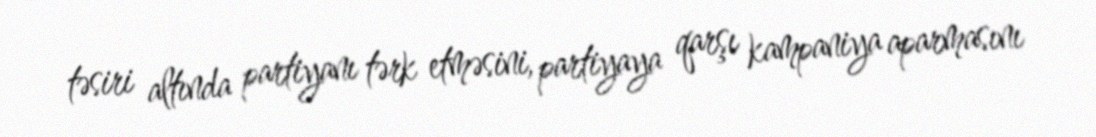
təsiri altında partiyanı tərk etməsini, partiyaya qarşı kampaniya aparmasını